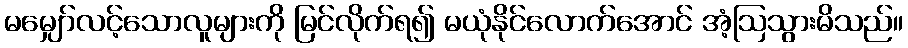
မမျှော်လင့်သောလူများကို မြင်လိုက်ရ၍ မယုံနိုင်လောက်အောင် အံ့ဩသွားမိသည်။